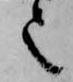
也